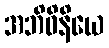
အဘိဝိနိယေ